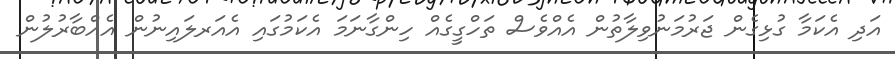
އަދި އެކަމާ ގުޅިގެން ޖަރުމަނުވިލާތުން އެއްވެސް ތަހްގީގެއް ހިންގާނަމަ އެކަމުގައި އެއަރލައިނުން އެއްބާރުލުން